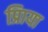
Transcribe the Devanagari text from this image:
प्रिाया